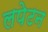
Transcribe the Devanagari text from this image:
लपेटन